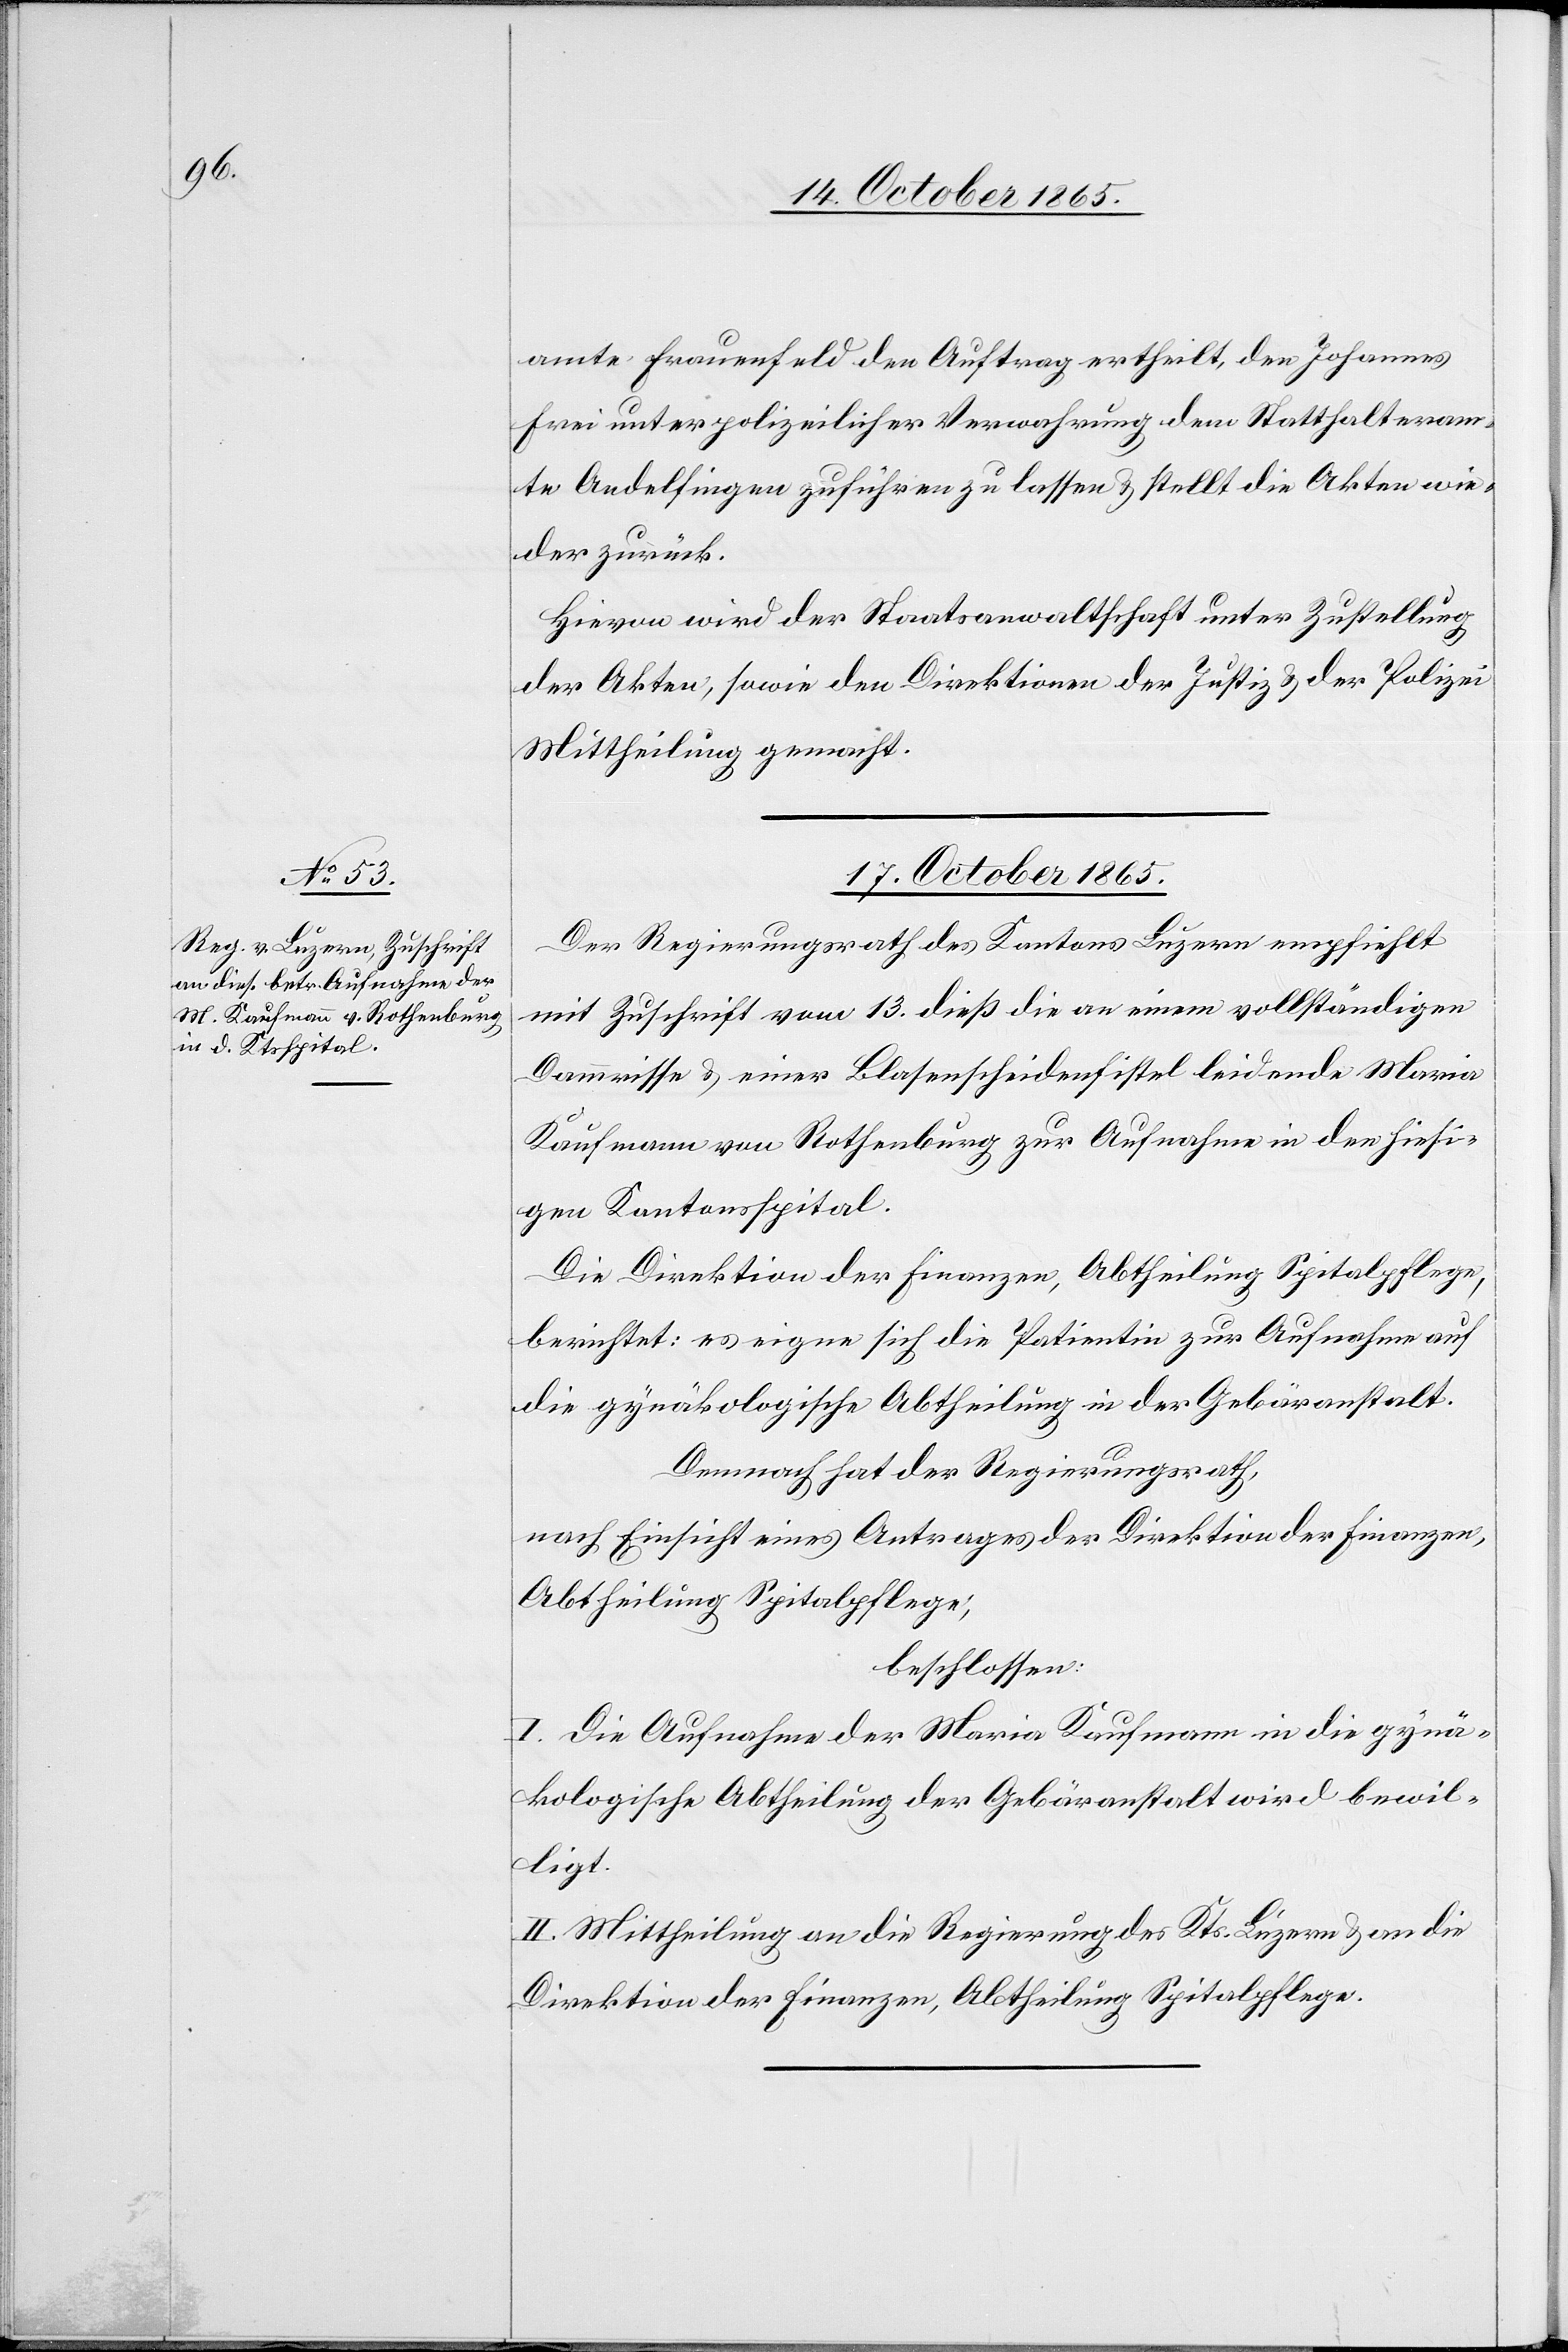
amte Frauenfeld den Auftrag ertheilt, den Johannes
Frei unter polizeilicher Verwahrung dem Statthalteram¬
te Andelfingen zuführen zu lassen & stellt die Akten wie¬
der zurück.
Hievon wird der Staatsanwaltschaft unter Zustellung
der Akten, sowie den Direktionen der Justiz & der Polizei
Mittheilung gemacht.
17. October 1865.
Der Regierungsrath des Kantons Luzern empfiehlt
mit Zuschrift vom 13. dieß die an einem vollständigen
Dammrisse & einer Blasenscheidenfistel leidende Maria
Kaufmann von Rothenburg zur Aufnahme in den hiesi¬
gen Kantonsspital.
Die Direktion der Finanzen, Abtheilung Spitalpflege,
berichtet: es eigne sich die Patientin zur Aufnahme auf
die gynäkologische Abtheilung in der Gebäranstalt.
Demnach hat der Regierungsrath,
nach Einsicht eines Antrages der Direktion der Finanzen,
Abtheilung Spitalpflege,
beschlossen:
I. Die Aufnahme der Maria Kaufmann in die gynä¬
kologische Abtheilung der Gebäranstalt wird bewil¬
ligt.
II. Mittheilung an die Regierung des Kts. Luzern & an die
Direktion der Finanzen, Abtheilung Spitalpflege.